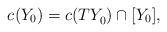
LaTeX: \begin{align*}c_{}(Y_0)=c(TY_0^{})\cap [Y_0],\end{align*}